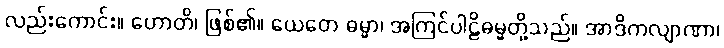
လည်းကောင်း။ ဟောတိ၊ ဖြစ်၏။ ယေတေ ဓမ္မာ၊ အကြင်ပါဠိဓမ္မတို့သည်။ အာဒိကလျာဏာ၊